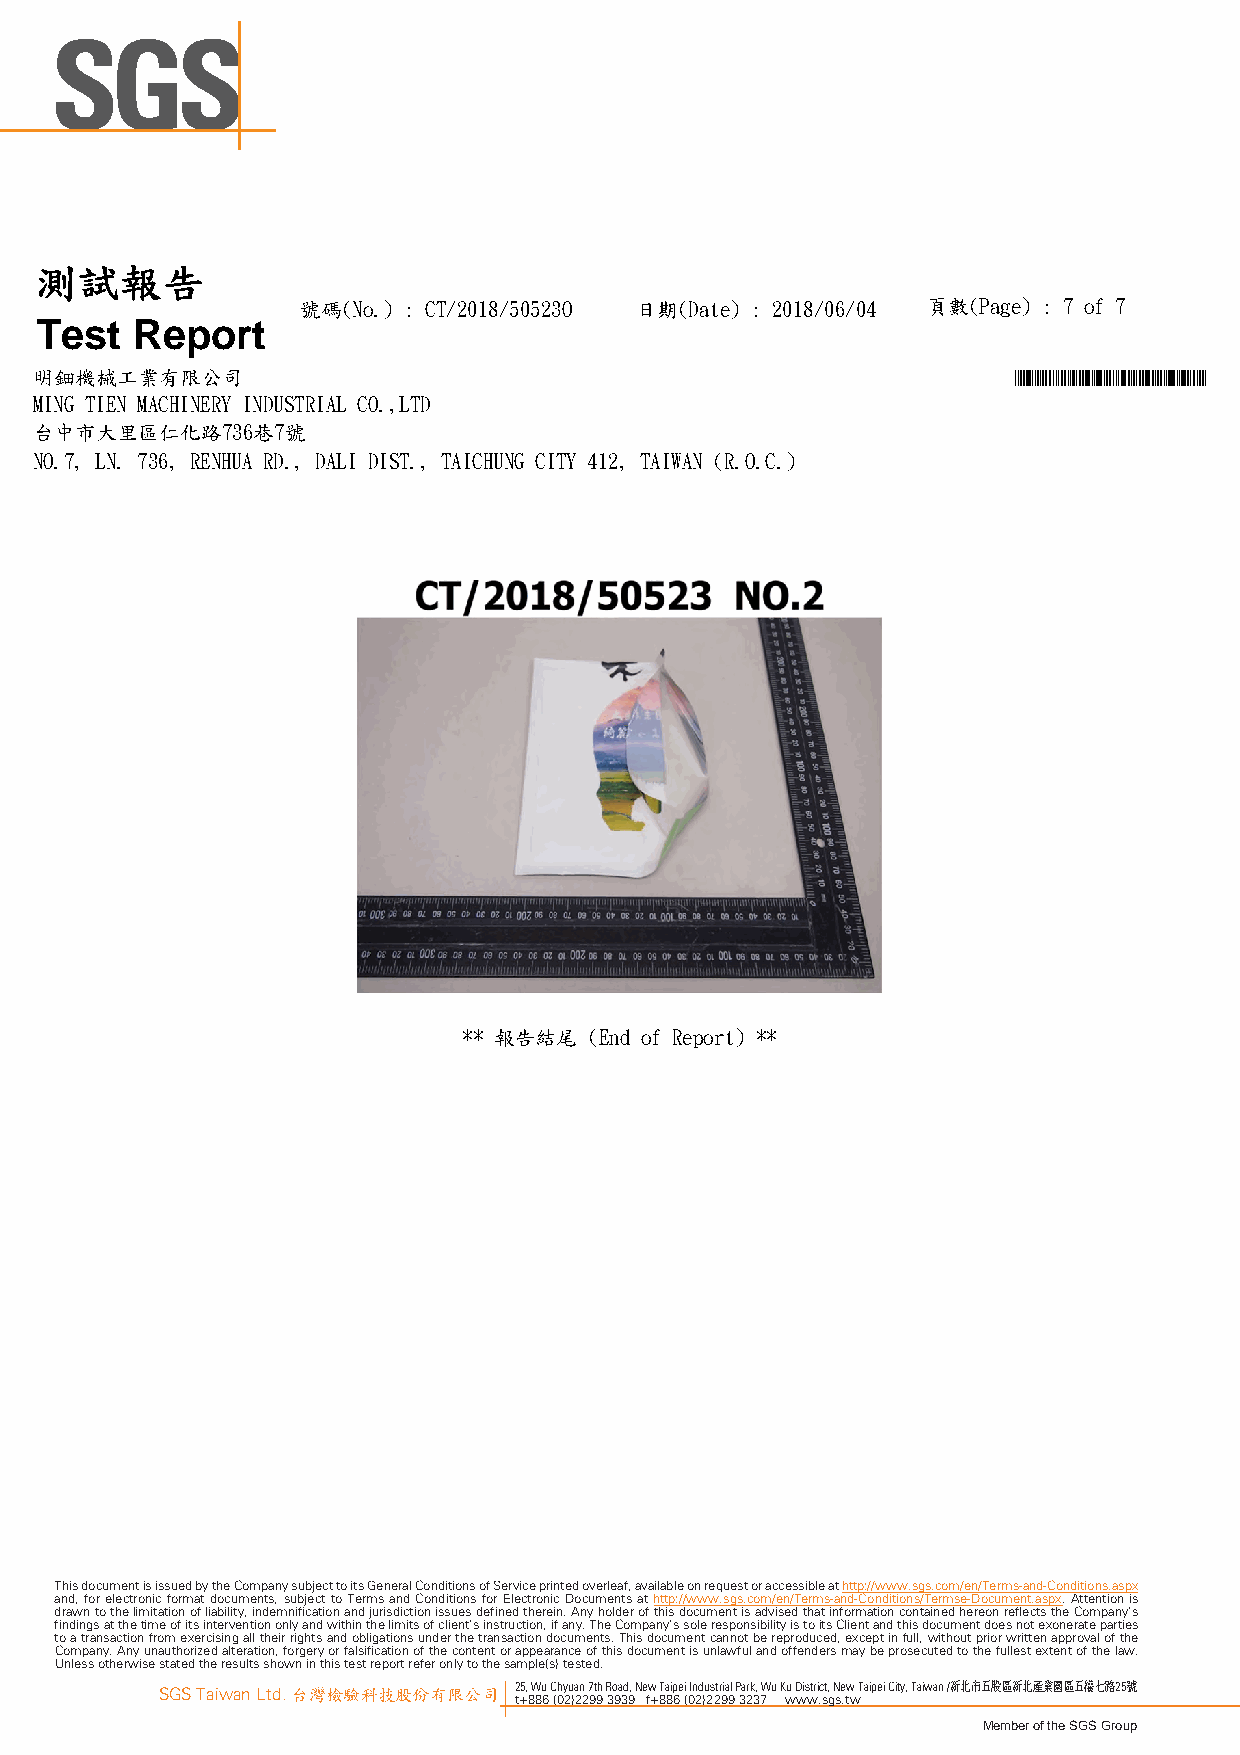
測試報告
 號碼(No.) : CT/2018/50523O 日期(Date) : 2018/06/04 頁數(Page) : 7 of 7
 Test   Report
 明鈿機械工業有限公司                                                       *CT/2018/50523O*
 MING TIEN MACHINERY INDUSTRIAL CO.,LTD
 台中市大里區仁化路736巷7號
 NO.7, LN. 736, RENHUA RD., DALI DIST., TAICHUNG CITY 412, TAIWAN (R.O.C.)
 ** 報告結尾 (End of Report) **
 This document is issued by the Company subject to its General Conditions of Service printed overleaf, available on request or accessible at http://www.sgs.com/en/Terms-and-Conditions.aspx
 and, for electronic format documents, subject to Terms and Conditions for Electronic Documents at http://www.sgs.com/en/Terms-and-Conditions/Termse-Document.aspx. Attention is
 drawn to the limitation of liability, indemnification and jurisdiction issues defined therein. Any holder of this document is advised that information contained hereon reflects the Company’s
 findings at the time of its intervention only and within the limits of client’s instruction, if any. The Company’s sole responsibility is to its Client and this document does not exonerate parties
 to a transaction from exercising all their rights and obligations under the transaction documents. This document cannot be reproduced, except in full, without prior written approval of the
 Company. Any unauthorized alteration, forgery or falsification of the content or appearance of this document is unlawful and offenders may be prosecuted to the fullest extent of the law.
 Unless otherwise stated the results shown in this test report refer only to the sample(s) tested.
 SGS Taiwan Ltd. 台灣檢驗科技股份有限公司 25, Wu Chyuan 7th Road, New Taipei Industrial Park, Wu Ku District, New Taipei City, Taiwan /新北市五股區新北產業園區五權七路25號
 t+886 (02)2299 3939 f+886 (02)2299 3237 www.sgs.tw
 Member of the SGS Group